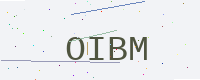
Text: OIBM